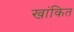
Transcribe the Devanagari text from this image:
खांकित